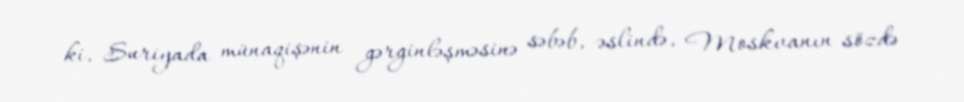
ki, Suriyada münaqişənin gərginləşməsinə səbəb, əslində, Moskvanın sözdə